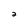
Character: 2